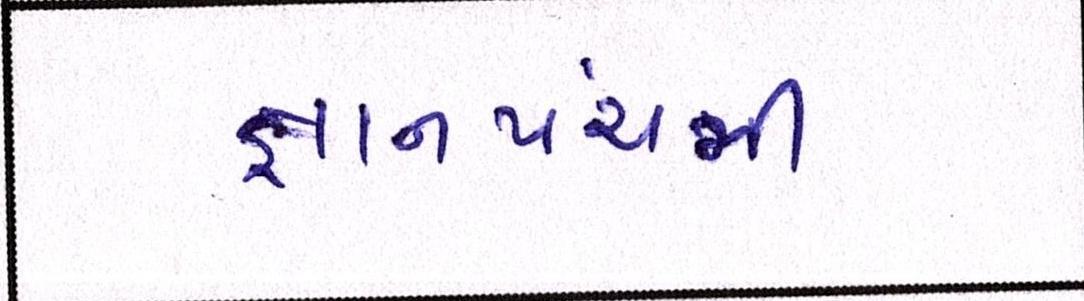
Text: જ્ઞાનપંચમી